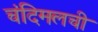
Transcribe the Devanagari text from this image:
चंदिमलची